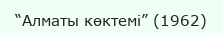
“Алматы көктемі” (1962)